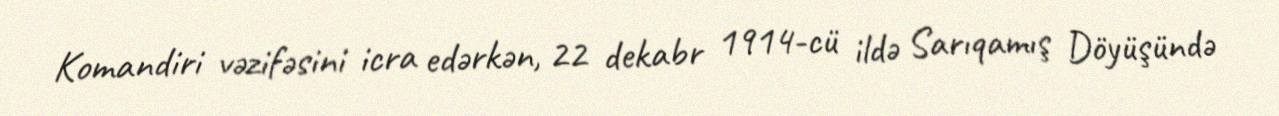
Komandiri vəzifəsini icra edərkən, 22 dekabr 1914-cü ildə Sarıqamış Döyüşündə